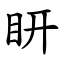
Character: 䀘